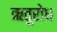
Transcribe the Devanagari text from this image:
ऋतुरोध